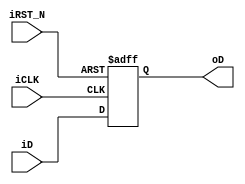
`timescale 1ns/1ps
module TEST(
    iCLK,
    iRST_N,
    iD,
    oD
);

input iCLK;
input iRST_N;
input iD;
output oD;

reg oD;

always@(posedge iCLK or negedge iRST_N) begin
    if(!iRST_N) oD<=1'b0;
    else oD<=iD;
end

endmodule